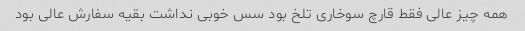
همه چیز عالی فقط قارچ سوخاری تلخ بود سس خوبی نداشت بقیه سفارش عالی بود